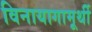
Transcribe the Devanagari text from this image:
विनायागामूर्थी